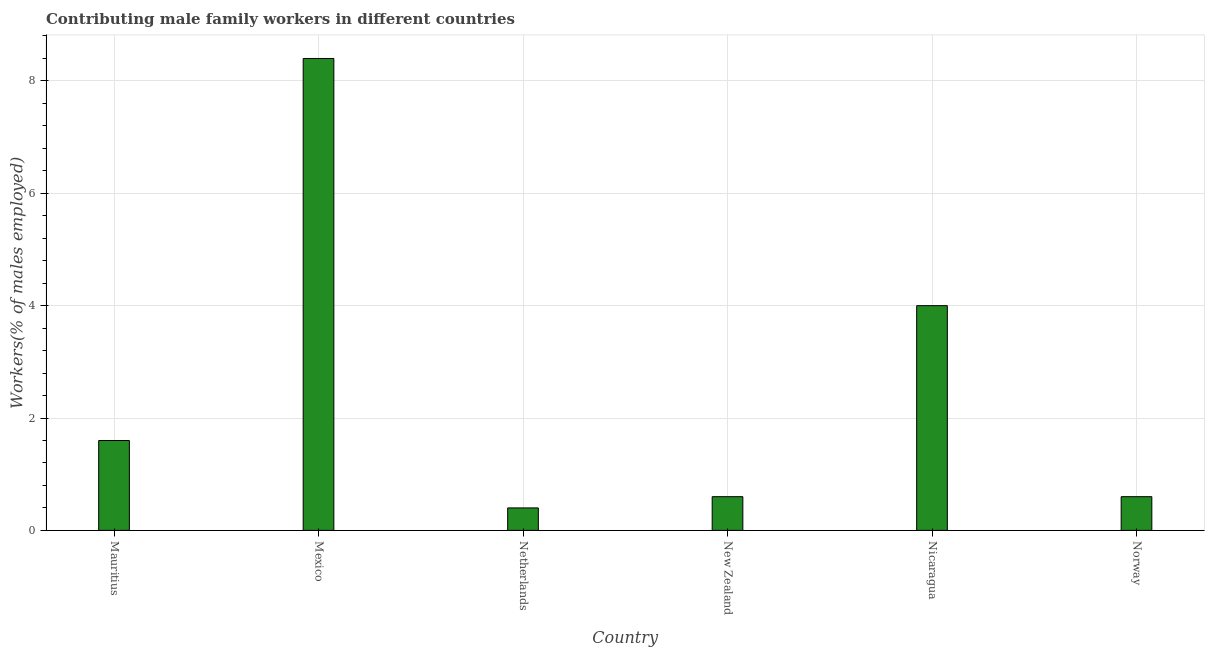
| Country | Contributing family workers |
 | --- | --- |
 | Mauritius | 1.6 |
 | Mexico | 8.4 |
 | Netherlands | 0.4 |
 | New Zealand | 0.6 |
 | Nicaragua | 4 |
 | Norway | 0.6 |